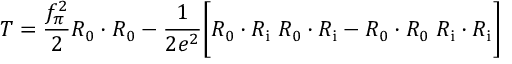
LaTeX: { \cal T } = { \frac { f _ { \pi } ^ { 2 } } { 2 } } { \cal R } _ { 0 } \cdot { \cal R } _ { 0 } - { \frac { 1 } { 2 e ^ { 2 } } } \biggl [ { \cal R } _ { 0 } \cdot { \cal R } _ { \mathrm { i } } \; { \cal R } _ { 0 } \cdot { \cal R } _ { \mathrm { i } } - { \cal R } _ { 0 } \cdot { \cal R } _ { 0 } \; { \cal R } _ { \mathrm { i } } \cdot { \cal R } _ { \mathrm { i } } \biggr ]